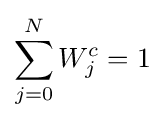
\sum _{j=0}^{N}W_{j}^{c}=1